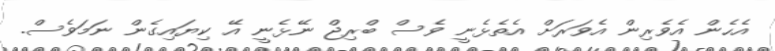
އެހެން އެވެރިން އެވަރަށް އެތެޅެނީ ވެސް ބްރިޖް ނޭޅެނީ އޭ ކިޔައިގެން ނަމަވެސް.